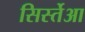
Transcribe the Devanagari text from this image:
सिर्स्तेआ